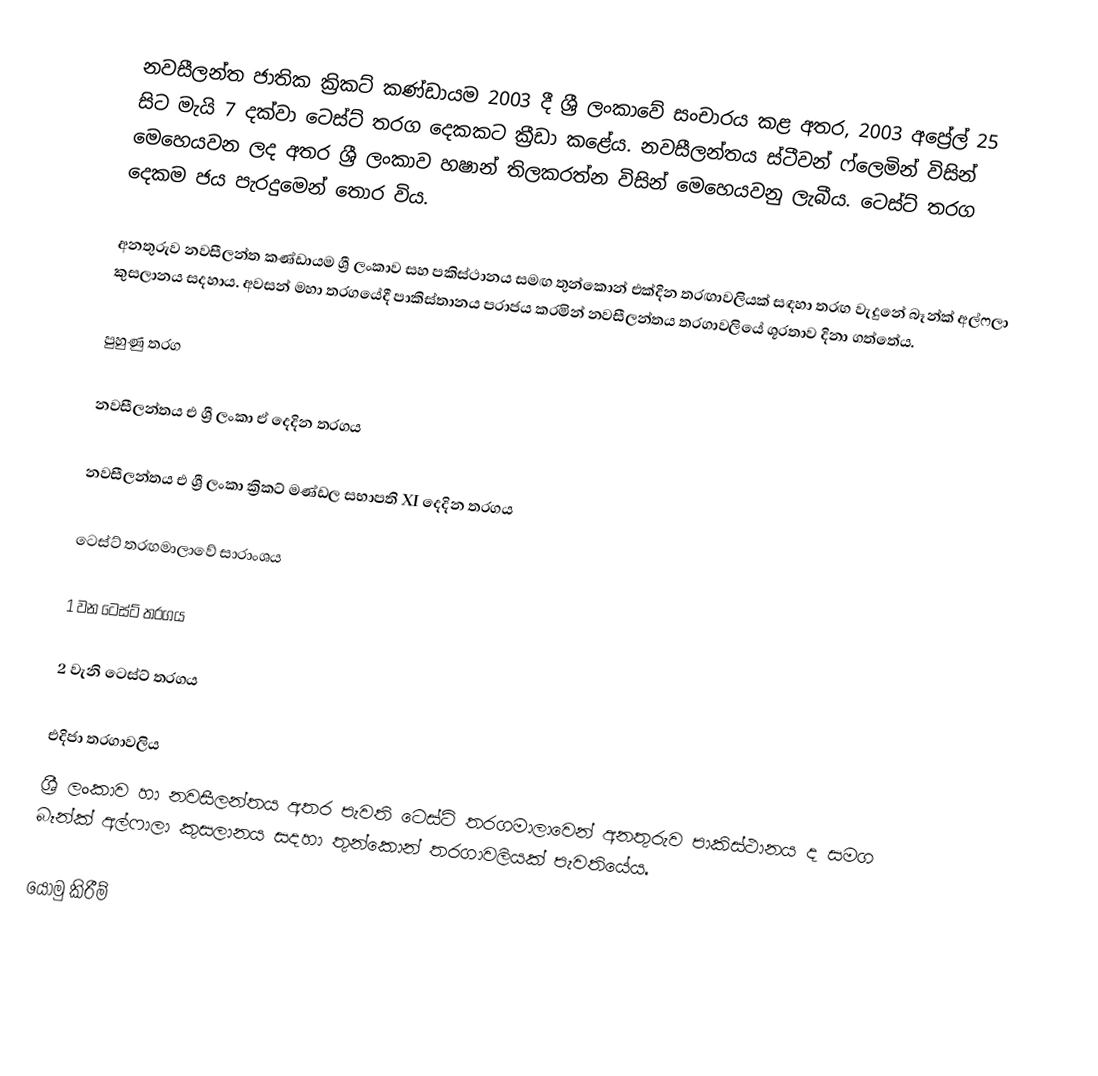
නවසීලන්ත ජාතික ක්‍රිකට් කණ්ඩායම 2003 දී ශ්‍රී ලංකාවේ සංචාරය කළ අතර, 2003 අප්‍රේල් 25 සිට මැයි 7 දක්වා ටෙස්ට් තරග දෙකකට ක්‍රීඩා කළේය. නවසීලන්තය ස්ටීවන් ෆ්ලෙමින් විසින් මෙහෙයවන ලද අතර ශ්‍රී ලංකාව හෂාන් තිලකරත්න විසින් මෙහෙයවනු ලැබීය. ටෙස්ට් තරග දෙකම ජය පැරදුමෙන් තොර විය.

අනතුරුව නවසීලන්ත කණ්ඩායම ශ්‍රී ලංකාව සහ පකිස්ථානය සමඟ තුන්කොන් එක්දින තරඟාවලියක් සඳහා තරඟ වැදුනේ බෑන්ක් අල්ෆලා කුසලානය සදහාය. අවසන් මහා තරගයේදී පාකිස්තානය පරාජය කරමින් නවසීලන්තය තරගාවලියේ ශූරතාව දිනා ගත්තේය.

පුහුණු තරග

නවසීලන්තය එ ශ්‍රී ලංකා ඒ දෙදින තරගය

නවසීලන්තය එ ශ්‍රී ලංකා ක්‍රිකට් මණ්ඩල සභාපති XI දෙදින තරගය

ටෙස්ට් තරඟමාලාවේ සාරාංශය

1 වන ටෙස්ට් තරගය

2 වැනි ටෙස්ට් තරගය

එදිජා තරගාවලිය
ශ්‍රී ලංකාව හා නවසීලන්තය අතර පැවති ටෙස්ට් තරගමාලාවෙන් අනතුරුව පාකිස්ථානය ද සමග බෑන්ක් අල්ෆාලා කුසලානය සදහා තුන්කොන් තරගාවලියක් පැවතියේය.

යොමු කිරීම්